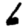
Digit: 6